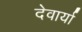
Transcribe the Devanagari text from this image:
देवार्या